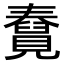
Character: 𧢆